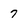
Character: 7